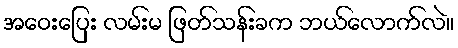
အဝေးပြေး လမ်းမ ဖြတ်သန်းခက ဘယ်လောက်လဲ။